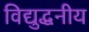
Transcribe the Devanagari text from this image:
विद्युद्धनीय